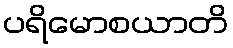
ပရိမောစယာတိ